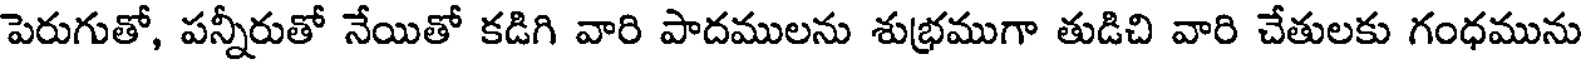
పెరుగుతో, పన్నీరుతో నేయితో కడిగి వారి పాదములను శుభ్రముగా తుడిచి వారి చేతులకు గంధమును